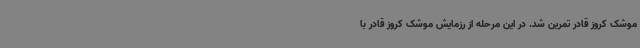
موشک کروز قادر تمرین شد. در این مرحله از رزمایش موشک کروز قادر با